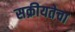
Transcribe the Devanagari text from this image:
सक्रीयतेचा